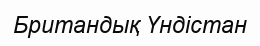
Британдық Үндістан